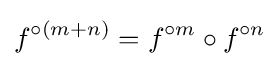
f^{\circ (m+n)}=f^{\circ m}\circ f^{\circ n}